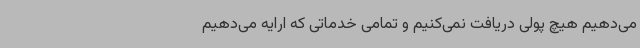
می‌دهیم هیچ پولی دریافت نمی‌کنیم و تمامی خدماتی که ارایه می‌دهیم